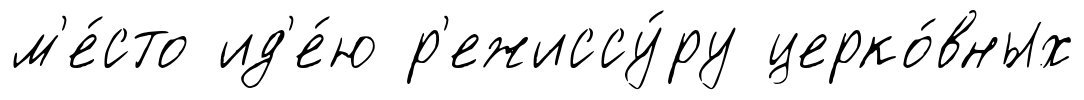
м'е́сто ид'е́ю р'ежиссу́ру церко́вных